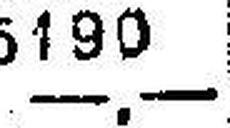
—.—